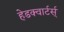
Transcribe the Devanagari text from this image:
हेडक्वार्टर्स्